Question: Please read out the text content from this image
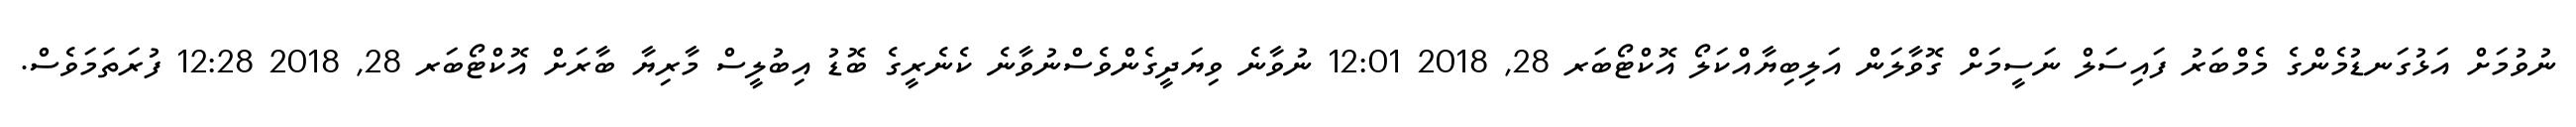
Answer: ނުވުމަށް އަޅުގަނޑުމެންގެ މެމްބަރު ފައިސަލް ނަސީމަށް ގޮވާލަން އަލިބިޔާއްކަލޯ އޮކްޓޯބަރ 28, 2018 12:01 ނުވާނެ ވިޔަދީގެންވެސްނުވާނެ ކެނެރީގެ ބޮޑު އިބުލީސް މާރިޔާ ބާރަށް އޮކްޓޯބަރ 28, 2018 12:28 ފުރަތަމަވެސް.